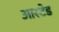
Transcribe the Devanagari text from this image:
आस्टेड